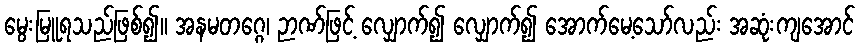
မွေးမြူရသည်ဖြစ်၍။ အနမတဂ္ဂေ၊ ဉာဏ်ဖြင့် လျှောက်၍ လျှောက်၍ အောက်မေ့သော်လည်း အဆုံးကျအောင်